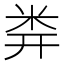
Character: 𥸶